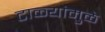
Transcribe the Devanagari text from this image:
टाळ्यांमुळे